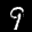
Label: 9